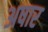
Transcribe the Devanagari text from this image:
अषार